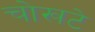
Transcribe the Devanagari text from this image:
चोखटे